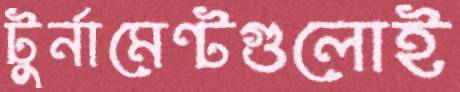
টুর্নামেন্টগুলোই